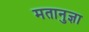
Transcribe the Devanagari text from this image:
मतानुज्ञा